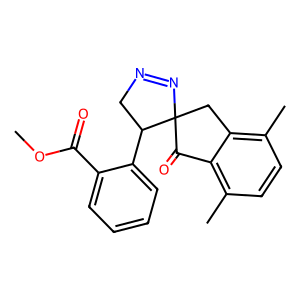
SMILES: COC(=O)c1ccccc1C1CN=NC12Cc1c(C)ccc(C)c1C2=O
Inhibits HIV replication: No